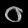
Digit: ၀